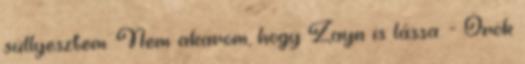
süllyesztem. Nem akarom, hogy Zayn is lássa. - Örök